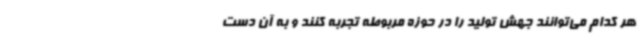
هر کدام می‌توانند جهش تولید را در حوزه مربوطه تجربه کنند و به آن دست